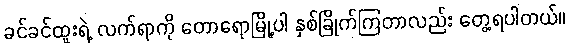
ခင်ခင်ထူးရဲ့ လက်ရာကို တောရောမြို့ပါ နှစ်ခြိုက်ကြတာလည်း တွေ့ရပါတယ်။